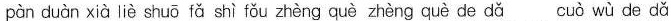
pàn duàn xià liè shuō fǎ shì fǒu zhèng què zhèng què de dǎ cuò wù de dǎ